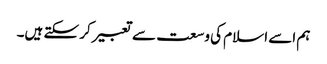
ہم اسے اسلام کی وسعت سے تعبیر کر سکتے ہیں۔